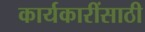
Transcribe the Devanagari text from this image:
कार्यकारींसाठी